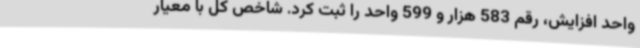
واحد افزایش، رقم 583 هزار و 599 واحد را ثبت کرد. شاخص کل با معیار